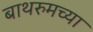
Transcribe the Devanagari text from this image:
बाथरुमच्‍या